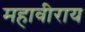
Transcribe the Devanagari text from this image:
महावीराय